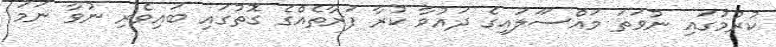
ކުރުމުގައި ނުވަތަ މައްސަަލައިގެ ދައުވާ ކުރާ ފަރާތެއްގެ ގޮތުގައި ބައިވެރި ނުވާ ނަމަ